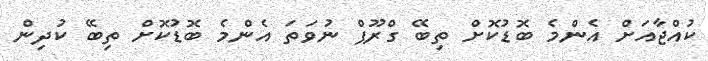
ކުއްޖާއަށް އެންމެ ބޮޑުކޮށް ތިބޭ ގްރޫޕް ނުވަތަ އެންމެ ބޮޑުކޮށް ތިބޭ ކުދިން